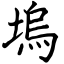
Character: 塢